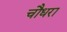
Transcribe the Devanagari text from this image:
चौधरा